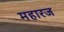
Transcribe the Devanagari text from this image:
महारज